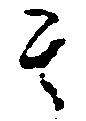
其